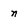
Character: n